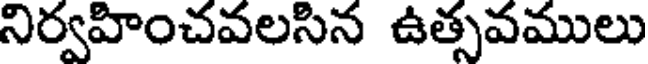
నిర్వహించవలసిన ఉత్సవములు